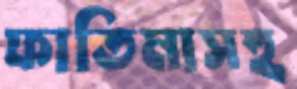
ফাতিমাসহ